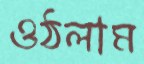
ওঠলাম